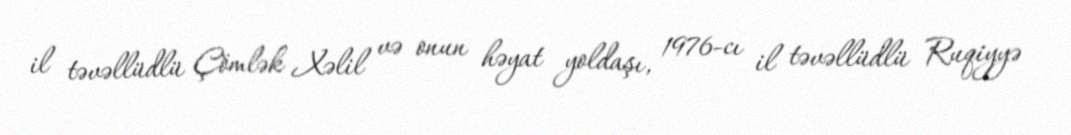
il təvəllüdlü Çömlək Xəlil və onun həyat yoldaşı, 1976-cı il təvəllüdlü Ruqiyyə